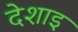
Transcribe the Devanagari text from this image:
देशाइ